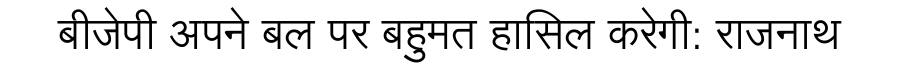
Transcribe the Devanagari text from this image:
बीजेपी अपने बल पर बहुमत हासिल करेगी: राजनाथ